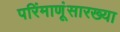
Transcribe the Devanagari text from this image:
परिंमाणूंसारख्या